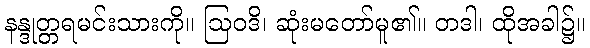
နန္ဒုတ္တရမင်းသားကို။ ဩဝဒိ၊ ဆုံးမတော်မူ၏။ တဒါ၊ ထိုအခါ၌။